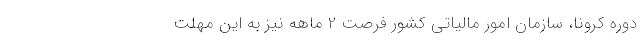
دوره كرونا، سازمان امور مالياتي كشور فرصت 2 ماهه نيز به اين مهلت